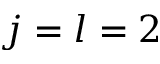
j = l = 2